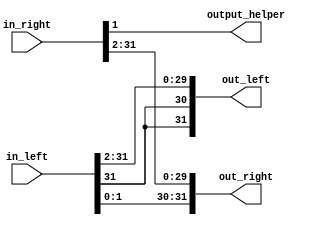
module shift_product(in_left, in_right, output_helper, out_left, out_right);
    
    input signed [31:0] in_left, in_right;
    output output_helper;
    output signed [31:0] out_left, out_right;
    
    assign out_left = in_left >>> 2;
    assign output_helper = in_right[1];

    wire signed [31:0] temp_right;
    assign temp_right = in_right >>> 2;
    assign out_right[29:0] = temp_right[29:0];
    assign out_right[30] = in_left[0];
    assign out_right[31] = in_left[1];

endmodule